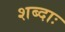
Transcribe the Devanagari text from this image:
शब्दाः